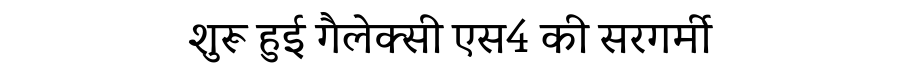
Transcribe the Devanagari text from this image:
शुरू हुई गैलेक्सी एस4 की सरगर्मी